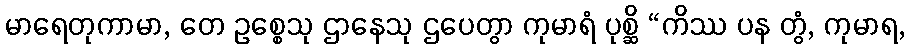
မာရေတုကာမာ, တေ ဥစ္စေသု ဌာနေသု ဌပေတွာ ကုမာရံ ပုစ္ဆိ “ကိဿ ပန တွံ, ကုမာရ,